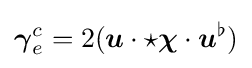
{\boldsymbol {\gamma }}_{e}^{c}=2({\boldsymbol {u}}\cdot \star {\boldsymbol {\chi }}\cdot {\boldsymbol {u}}^{\flat })